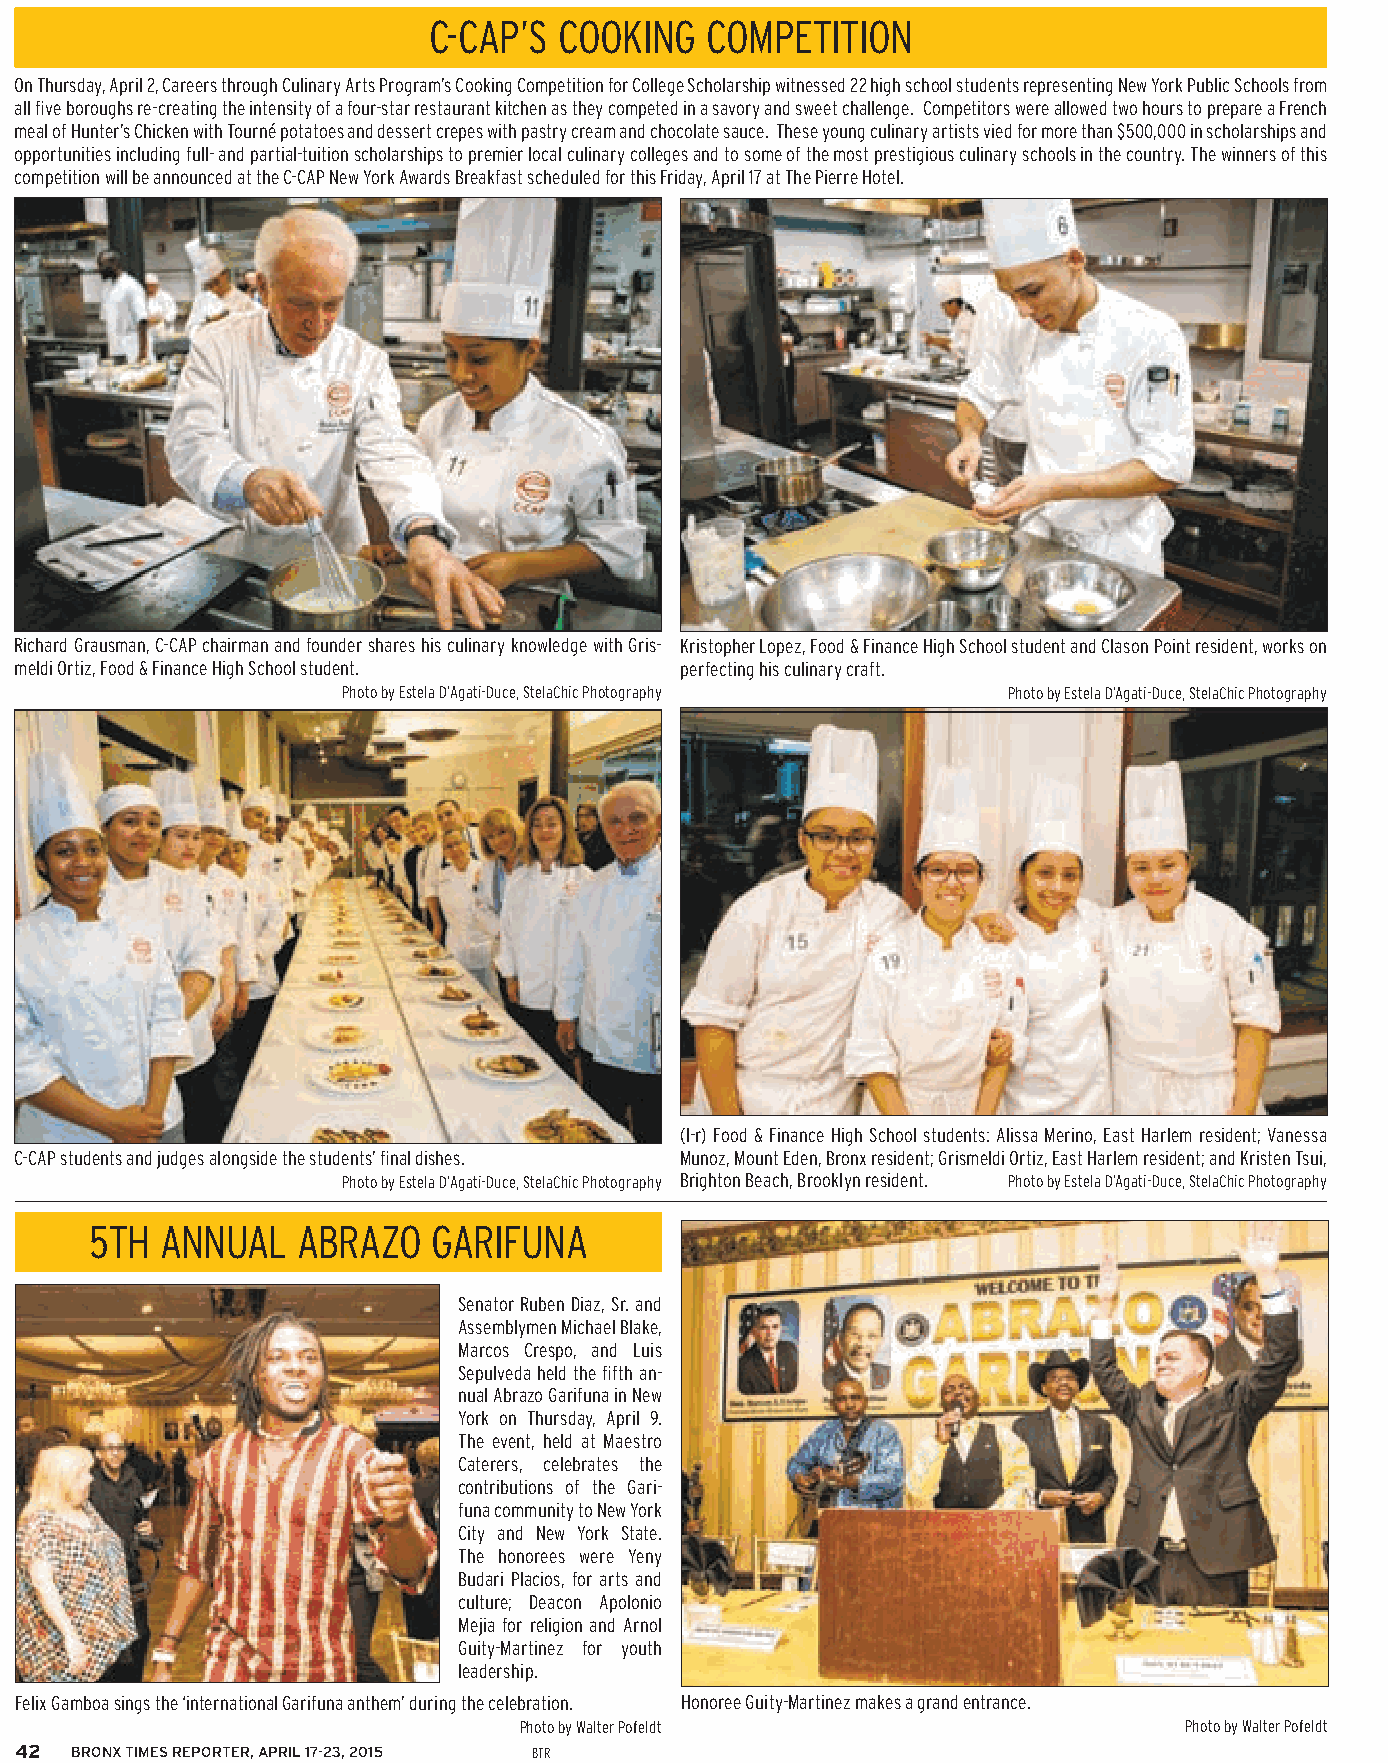
C-CAP’S  COOKING   COMPETITION
 On Thursday, April 2, Careers through Culinary Arts Program’s Cooking Competition for College Scholarship witnessed 22 high school students representing New York Public Schools from
 all fi ve boroughs re-creating the intensity of a four-star restaurant kitchen as they competed in a savory and sweet challenge. Competitors were allowed two hours to prepare a French
 meal of Hunter’s Chicken with Tourné potatoes and dessert crepes with pastry cream and chocolate sauce. These young culinary artists vied for more than $500,000 in scholarships and
 opportunities including full- and partial-tuition scholarships to premier local culinary colleges and to some of the most prestigious culinary schools in the country. The winners of this
 competition will be announced at the C-CAP New York Awards Breakfast scheduled for this Friday, April 17 at The Pierre Hotel.
 Richard Grausman, C-CAP chairman and founder shares his culinary knowledge with Gris- Kristopher Lopez, Food & Finance High School student and Clason Point resident, works on
 meldi Ortiz, Food & Finance High School student. perfecting his culinary craft.
 Photo by Estela D’Agati-Duce, StelaChic Photography Photo by Estela D’Agati-Duce, StelaChic Photography
 (l-r) Food & Finance High School students: Alissa Merino, East Harlem resident; Vanessa
 C-CAP students and judges alongside the students’ fi nal dishes. Munoz, Mount Eden, Bronx resident; Grismeldi Ortiz, East Harlem resident; and Kristen Tsui,
 Photo by Estela D’Agati-Duce, StelaChic Photography Brighton Beach, Brooklyn resident. Photo by Estela D’Agati-Duce, StelaChic Photography
 5TH  ANNUAL   ABRAZO   GARIFUNA
 Senator Ruben Diaz, Sr. and
 Assemblymen Michael Blake,
 Marcos Crespo, and Luis
 Sepulveda held the fi fth an-
 nual Abrazo Garifuna in New
 York on Thursday, April 9.
 The event, held at Maestro
 Caterers, celebrates the
 contributions of the Gari-
 funa community to New York
 City and New York State.
 The honorees were Yeny
 Budari Placios, for arts and
 culture; Deacon Apolonio
 Mejia for religion and Arnol
 Guity-Martinez for youth
 leadership.
 Felix Gamboa sings the ‘international Garifuna anthem’ during the celebration. Honoree Guity-Martinez makes a grand entrance.
 Photo by Walter Pofeldt                     Photo by Walter Pofeldt
 42  BRONX TIMES REPORTER, APRIL 17-23, 2015 BTR